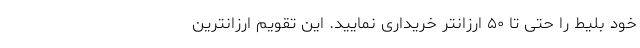
خود بلیط را حتی تا ۵۰ ارزانتر خریداری نمایید. این تقویم ارزانترین